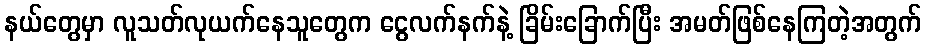
နယ်တွေမှာ လူသတ်လုယက်နေသူတွေက ငွေလက်နက်နဲ့ ခြိမ်းခြောက်ပြီး အမတ်ဖြစ်နေကြတဲ့အတွက်